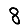
Digit: 8